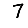
Digit: 7